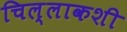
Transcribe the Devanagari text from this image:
चिल्लाकशी